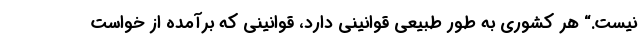
نیست.“ هر کشوری به طور طبیعی قوانینی دارد، قوانینی که برآمده از خواست